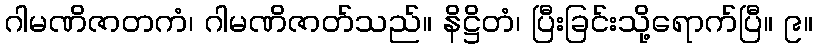
ဂါမဏိဇာတကံ၊ ဂါမဏိဇာတ်သည်။ နိဋ္ဌိတံ၊ ပြီးခြင်းသို့ရောက်ပြီ။ ၉။